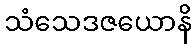
သံသေဒဇယောနိ